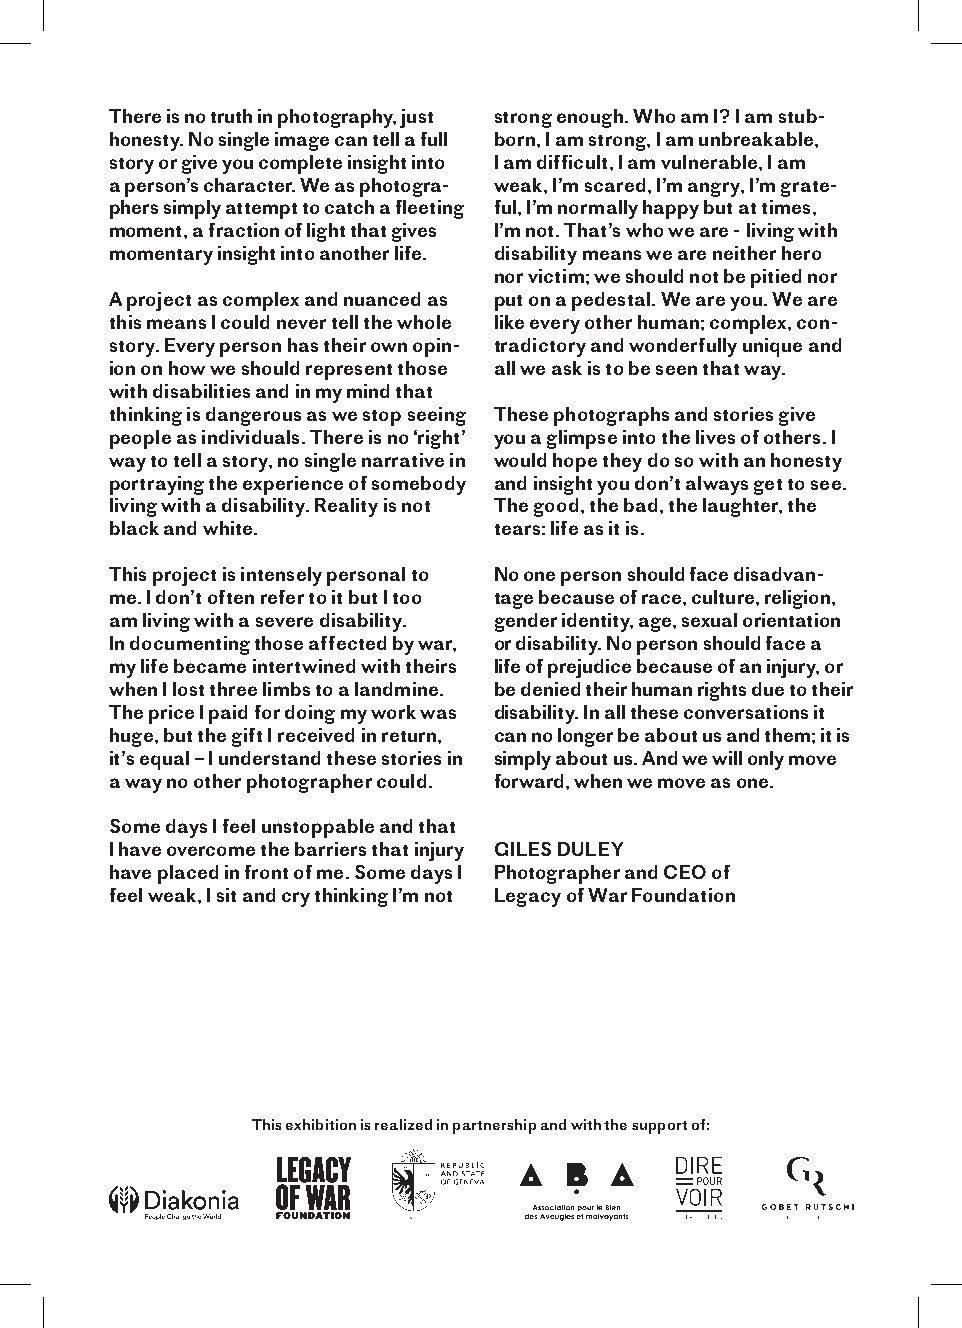
There is no truth in photography, just strong enough. Who am I? I am stub-
 honesty. No single image can tell a full born, I am strong, I am unbreakable,
 story or give you complete insight into I am difficult, I am vulnerable, I am
 a person’s character. We as photogra- weak, I’m scared, I’m angry, I’m grate-
 phers simply attempt to catch a fleeting ful, I’m normally happy but at times,
 moment, a fraction of light that gives I’m not. That’s who we are - living with
 momentary insight into another life. disability means we are neither hero
 nor victim; we should not be pitied nor
 A project as complex and nuanced as put on a pedestal. We are you. We are
 this means I could never tell the whole like every other human; complex, con-
 story. Every person has their own opin- tradictory and wonderfully unique and
 ion on how we should represent those all we ask is to be seen that way.
 with disabilities and in my mind that
 thinking is dangerous as we stop seeing These photographs and stories give
 people as individuals. There is no ‘right’ you a glimpse into the lives of others. I
 way to tell a story, no single narrative in would hope they do so with an honesty
 portraying the experience of somebody and insight you don’t always get to see.
 living with a disability. Reality is not The good, the bad, the laughter, the
 black and white.          tears: life as it is.
 This project is intensely personal to No one person should face disadvan-
 me. I don’t often refer to it but I too tage because of race, culture, religion,
 am living with a severe disability. gender identity, age, sexual orientation
 In documenting those affected by war, or disability. No person should face a
 my life became intertwined with theirs life of prejudice because of an injury, or
 when I lost three limbs to a landmine. be denied their human rights due to their
 The price I paid for doing my work was disability. In all these conversations it
 huge, but the gift I received in return, can no longer be about us and them; it is
 it’s equal – I understand these stories in simply about us. And we will only move
 a way no other photographer could. forward, when we move as one.
 Some days I feel unstoppable and that
 I have overcome the barriers that injury GILES DULEY
 have placed in front of me. Some days I Photographer and CEO of
 feel weak, I sit and cry thinking I’m not Legacy of War Foundation
 This exhibition is realized in partnership and with the support of: